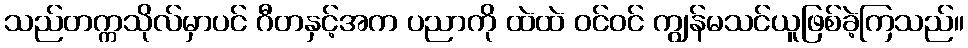
သည်တက္ကသိုလ်မှာပင် ဂီတနှင့်အက ပညာကို ထဲထဲ ဝင်ဝင် ကျွန်မသင်ယူဖြစ်ခဲ့ကြသည်။